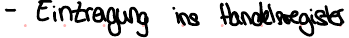
- Eintragung ins Handelsregister